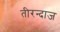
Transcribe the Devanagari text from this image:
तीरन्दाज